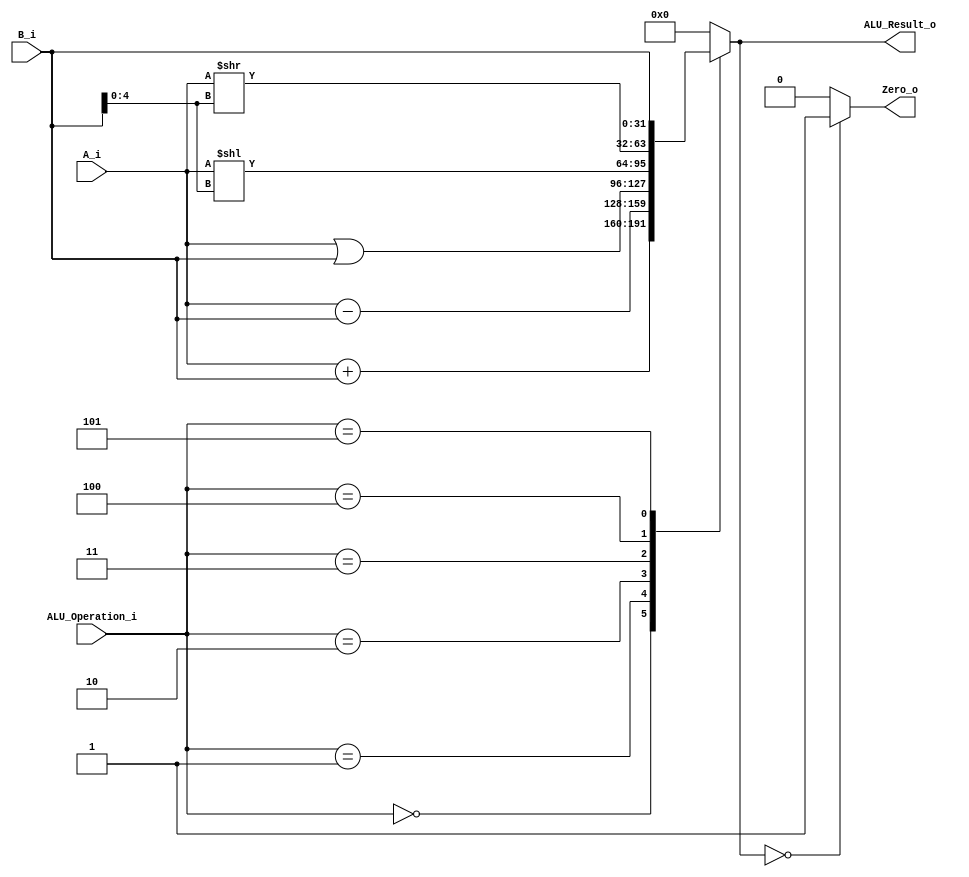
/******************************************************************
* Description
*	This is an 32-bit arithetic logic unit that can execute the next set of operations:
*		add

* This ALU is written by using behavioral description.
* Version:
*	1.0
* Author:
*	Dr. Jos Luis Pizano Escalante
* email:
*	luispizano@iteso.mx
* Date:
*	16/08/2021
******************************************************************/

module ALU 
(
	input [3:0] ALU_Operation_i,
	input signed [31:0] A_i,
	input signed [31:0] B_i,
	output reg Zero_o,//register zero
	output reg [31:0] ALU_Result_o
);

	localparam ADD  = 4'b0000;
	localparam ADDI = 4'b0000;
	localparam SUB  = 4'b0001;
	localparam ORI  = 4'b0010;
	localparam SLLI = 4'b0011;
	localparam SRLI = 4'b0100;
	localparam LUI  = 4'b0101;

   always @ (A_i or B_i or ALU_Operation_i)
     begin
		case (ALU_Operation_i)
 
			ADD:	ALU_Result_o = A_i + B_i;//tambien sirve para addi (tienen el mismo codigo)
			SUB:	ALU_Result_o = A_i - B_i;
			ORI:	ALU_Result_o = A_i | B_i;
			SLLI:	ALU_Result_o = A_i << B_i[4:0]; // Le faltaba el [4:0]
			SRLI:	ALU_Result_o = A_i >> B_i[4:0];
			LUI:	ALU_Result_o = B_i;
	
		default:
			ALU_Result_o = 0;
		endcase // case(control)
		
		Zero_o = (ALU_Result_o == 0) ? 1'b1 : 1'b0;
		
     end // always @ (A or B or control)
endmodule // ALU